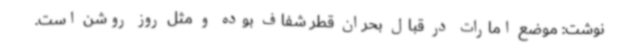
نوشت: موضع امارات در قبال بحران قطر شفاف بوده و مثل روز روشن است.